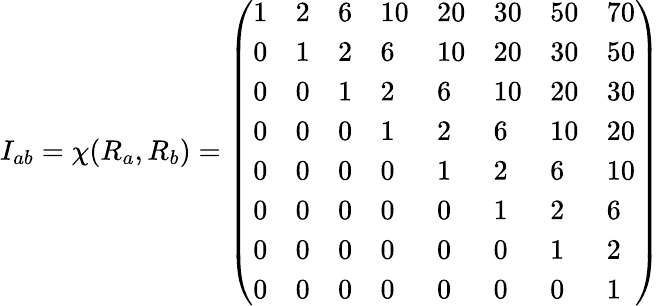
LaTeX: I_{ab}=\chi(R_{a},R_{b})=\left(\begin{array}{llllllll}{{1}}&{{2}}&{{6}}&{{10}}&{{20}}&{{30}}&{{50}}&{{70}}\\ {{0}}&{{1}}&{{2}}&{{6}}&{{10}}&{{20}}&{{30}}&{{50}}\\ {{0}}&{{0}}&{{1}}&{{2}}&{{6}}&{{10}}&{{20}}&{{30}}\\ {{0}}&{{0}}&{{0}}&{{1}}&{{2}}&{{6}}&{{10}}&{{20}}\\ {{0}}&{{0}}&{{0}}&{{0}}&{{1}}&{{2}}&{{6}}&{{10}}\\ {{0}}&{{0}}&{{0}}&{{0}}&{{0}}&{{1}}&{{2}}&{{6}}\\ {{0}}&{{0}}&{{0}}&{{0}}&{{0}}&{{0}}&{{1}}&{{2}}\\ {{0}}&{{0}}&{{0}}&{{0}}&{{0}}&{{0}}&{{0}}&{{1}}\end{array}\right)